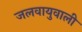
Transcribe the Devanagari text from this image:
जलवायुवाली